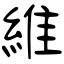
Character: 維